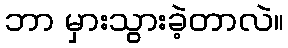
ဘာ မှားသွားခဲ့တာလဲ။